Madras plague regulations in force outside the Presidency town - Volume 3
Disease focus: Plague
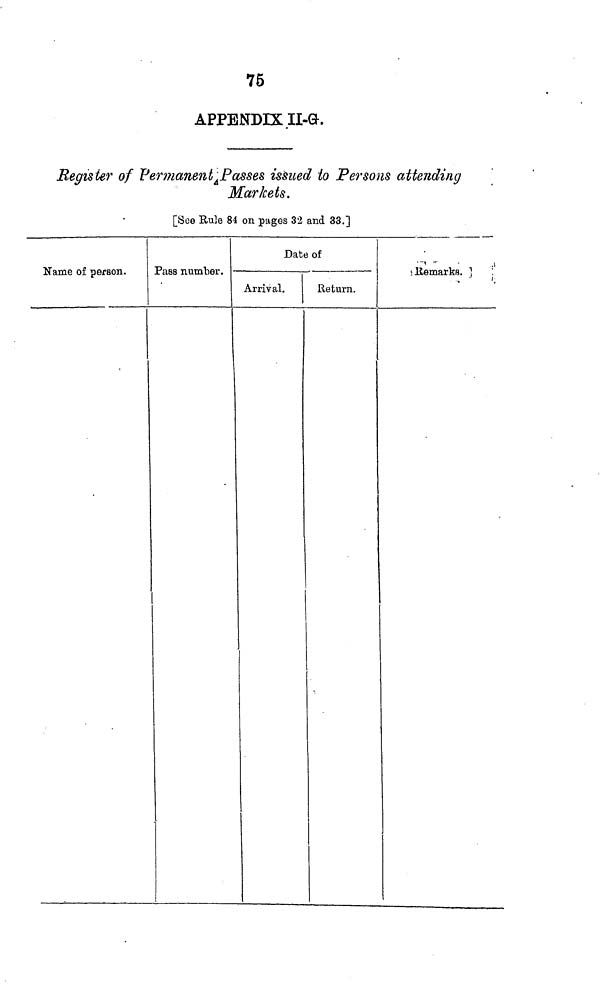
76
APPENDIX II-GL
Register of Permanent ¿Passes issued to Persons attending
Markets.
[See Rule 84 on pages 32 and 33.]
Name of person.
Pass nmnber.
Date of
Arrival.
Return.
; llemarkfl.